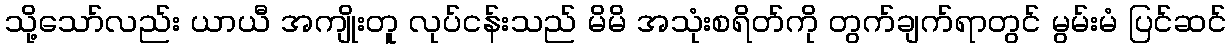
သို့သော်လည်း ယာယီ အကျိုးတူ လုပ်ငန်းသည် မိမိ အသုံးစရိတ်ကို တွက်ချက်ရာတွင် မွမ်းမံ ပြင်ဆင်